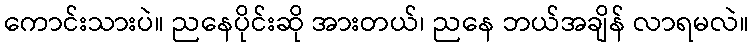
ကောင်းသားပဲ။ ညနေပိုင်းဆို အားတယ်၊ ညနေ ဘယ်အချိန် လာရမလဲ။